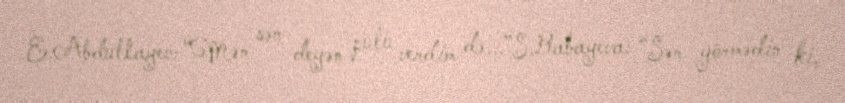
E.Abdullayev: “Mən sən deyən pulu verdim də...”S.Babayeva: “Sən görmədin ki,